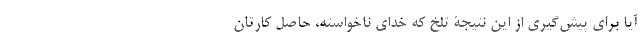
آیا برای پیش‌گیری از این نتیجۀ تلخ که خدای نا‌خواسته، حاصل کارتان